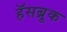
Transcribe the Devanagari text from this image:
हॅसब्रूक